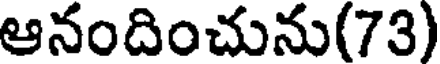
ఆనందించును(73)